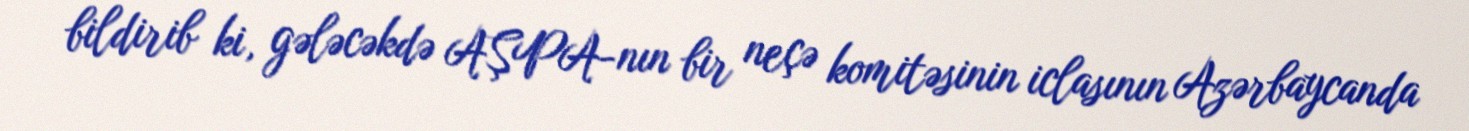
bildirib ki, gələcəkdə AŞPA-nın bir neçə komitəsinin iclasının Azərbaycanda